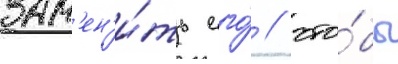
зам'ен'и́ть его́ / что́бы